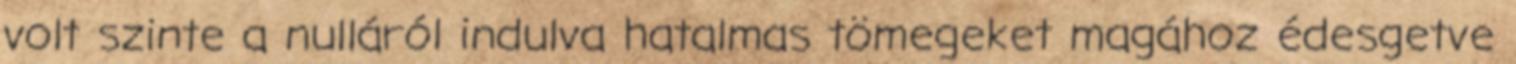
volt szinte a nulláról indulva hatalmas tömegeket magához édesgetve